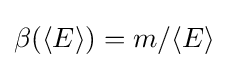
\beta (\langle E\rangle )=m/\langle E\rangle